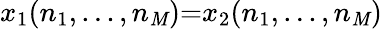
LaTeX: x_{1}(n_{1},...,n_{\mathit{M}}){=}x_{2}(n_{1},...,n_{\mathit{M}})